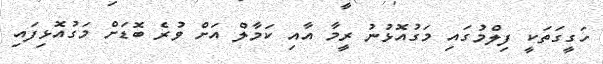
ހަގީގަތަކީ ފިލްމުގައި މަގުއޮޅުނު ރީމާ އާއި ކަމާލް އަށް ވުރެ ބޮޑަށް މަގުއޮޅިފައި